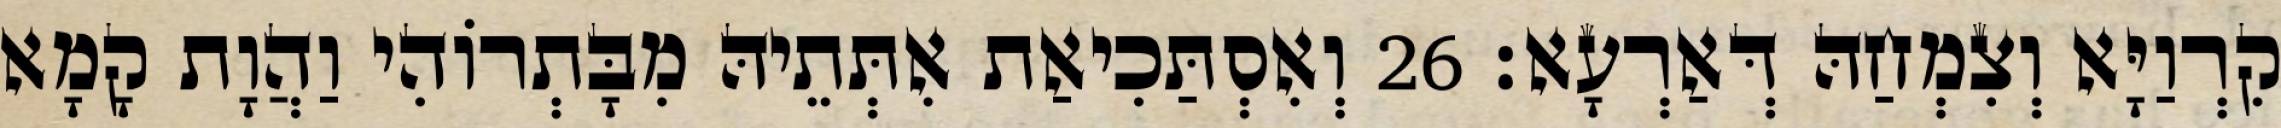
קִרְוַיָּא וְצִמְחַהּ דְּאַרְעָא׃ 26 וְאִסְתַּכִיאַת אִתְּתֵיהּ מִבָּתְרוֹהִי וַהֲוָת קָמָא